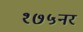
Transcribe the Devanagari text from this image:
१७५नर